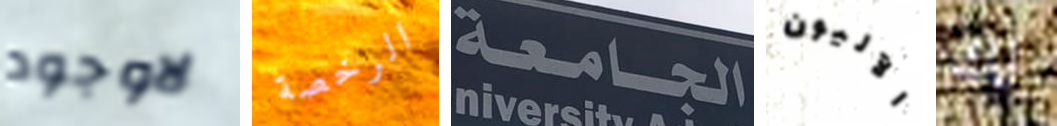
لاوجود الرخصة الجامعة الآليون لك